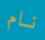
نام